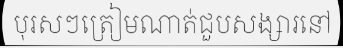
បុរសៗត្រៀមណាត់ជួបសង្សារនៅ